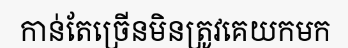
កាន់តែច្រើនមិនត្រូវគេយកមក